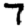
Digit: 7